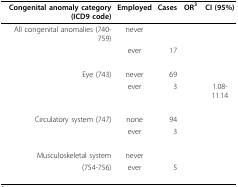
<table><thead><tr><td><b>Congenital anomaly category(ICD9 code)</b></td><td><b>Employed</b></td><td><b>Cases</b></td><td><b>OR<sup>3</sup></b></td><td><b>CI (95%)</b></td></tr></thead><tbody><tr><td>All congenital anomalies (740-759)</td><td>never</td><td>[EMPTY_CELL]</td><td>[EMPTY_CELL]</td><td>[EMPTY_CELL]</td></tr><tr><td>[EMPTY_CELL]</td><td>ever</td><td>17</td><td>[EMPTY_CELL]</td><td>[EMPTY_CELL]</td></tr><tr><td>Eye (743)</td><td>never</td><td>69</td><td>[EMPTY_CELL]</td><td>[EMPTY_CELL]</td></tr><tr><td>[EMPTY_CELL]</td><td>ever</td><td>3</td><td>[EMPTY_CELL]</td><td>1.08-11.14</td></tr><tr><td>Circulatory system (747)</td><td>none</td><td>94</td><td>[EMPTY_CELL]</td><td>[EMPTY_CELL]</td></tr><tr><td>[EMPTY_CELL]</td><td>ever</td><td>3</td><td>[EMPTY_CELL]</td><td>[EMPTY_CELL]</td></tr><tr><td>Musculoskeletal system</td><td>never</td><td>[EMPTY_CELL]</td><td>[EMPTY_CELL]</td><td>[EMPTY_CELL]</td></tr><tr><td>(754-756)</td><td>ever</td><td>5</td><td>[EMPTY_CELL]</td><td>[EMPTY_CELL]</td></tr></tbody></table>